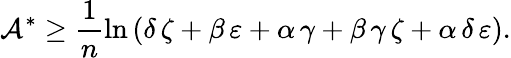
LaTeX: \mathcal{A}^{\ast}\geq\frac{1}{n}\ln\left(\delta\, \zeta+\beta\, \varepsilon+\alpha\, \gamma+\beta\, \gamma\, \zeta+\alpha\, \delta\, \varepsilon\right).